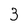
Character: 3